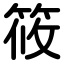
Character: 筱